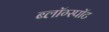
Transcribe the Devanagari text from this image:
ब्लॉग्स्पॉट